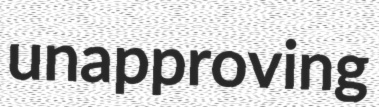
unapproving